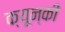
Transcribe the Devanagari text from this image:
क्यून्की